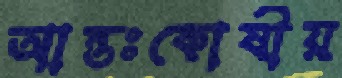
আন্তঃকোষীয়